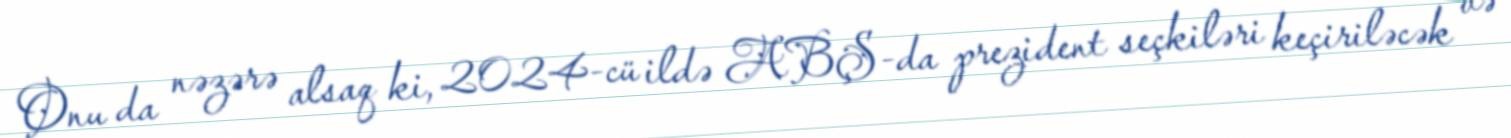
Onu da nəzərə alsaq ki, 2024-cü ildə ABŞ-da prezident seçkiləri keçiriləcək və